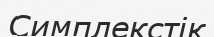
Симплекстік